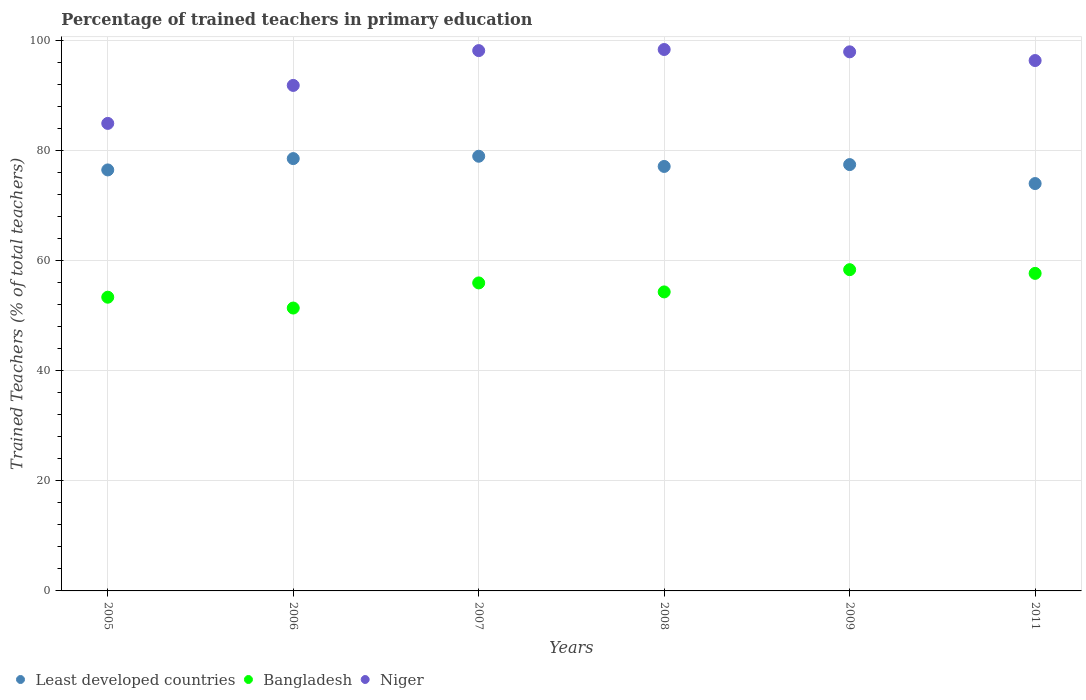
| Years | Least developed countries | Bangladesh | Niger |
 | --- | --- | --- | --- |
 | 2005 | 76.5 | 53.4 | 85 |
 | 2006 | 78.6 | 51.4 | 91.9 |
 | 2007 | 79 | 56 | 98.2 |
 | 2008 | 77.2 | 54.4 | 98.4 |
 | 2009 | 77.5 | 58.4 | 98 |
 | 2011 | 74.1 | 57.7 | 96.4 |